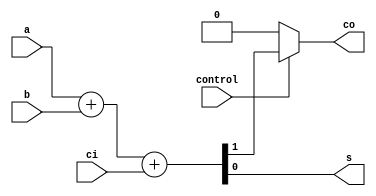
// variable bit-width adders
//
// TT

// Modified full adder
// control signal can zero out carry out
// no carry out
module MFA_nco
(
    input   a,
    input   b,
    input   ci,
    input   control,
    output  s,
    output  co
);

    wire    orig_carry;

    assign {orig_carry, s} = a + b + ci;
    assign co = (control == 1'b1) ? orig_carry : 1'b0;

endmodule

// Modified full adder
// control signal can zore out carry in
// no carry in
module MFA_nci
(
    input   a,
    input   b,
    input   ci,
    input   control,
    output  s,
    output  co
);

    assign w1 = a & b;
    assign w2 = a | b;
    assign w3 = ~w1;
    assign w4 = w3 & w2;
    assign w5 = w4 & control;
    assign w6 = w5 & ci;
    assign w7 = w5 | ci;
    assign w8 = ~w6;
    assign w9 = w8 & w7;
    assign s = control ? w9 : w4;
    assign co = w6 | w1;

endmodule

// ordinary adder
// with parameterized width
module adder
#(
    parameter WIDTH = 7
)
(
    input   [WIDTH-1:0]     a,
    input   [WIDTH-1:0]     b,
    input                   ci,
    output  [WIDTH-1:0]     s,
    output                  co
);

    assign {co, s} = a + b + ci;

endmodule

// parameterized adder
// leading FA (MSB) is a MFA_nco
// rest adders are ordinary adders
module adder_nco
#(
    parameter WIDTH = 8
)
(
    input   [WIDTH-1:0]     a,
    input   [WIDTH-1:0]     b,
    input                   ci,
    input                   control,
    output  [WIDTH-1:0]     s,
    output                  co
);

    wire    internal_carry;

    adder #(WIDTH-1) adder_inst
    (
        a[WIDTH-2:0],
        b[WIDTH-2:0],
        ci,
        s[WIDTH-2:0],
        internal_carry
    );

    MFA_nco mfa_inst
    (
        a[WIDTH-1],
        b[WIDTH-1],
        internal_carry,
        control,
        s[WIDTH-1],
        co
    );

endmodule

// parameterized adder
// tailing FA (LSB) is a MFA_nci
// rest adders are ordinary adders
module adder_nci
#(
    parameter WIDTH = 8
)
(
    input   [WIDTH-1:0]     a,
    input   [WIDTH-1:0]     b,
    input                   ci,
    input                   control,
    output  [WIDTH-1:0]     s,
    output                  co
);

    wire internal_carry;

    MFA_nci mfa_inst
    (
        a[0],
        b[0],
        ci,
        control,
        s[0],
        internal_carry
    );

    adder #(WIDTH-1) adder_inst
    (
        a[WIDTH-1:1],
        b[WIDTH-1:1],
        internal_carry,
        s[WIDTH-1:1],
        co
    );

endmodule

// vbw adder written in pure behavior code
// used as the reference for functional verification
module vbw_adder_bhv
(
    input   [63:0]      a,
    input   [63:0]      b,
    input               ci,
    input   [1:0]       control,
    output  reg     [63:0]      s,
    output  reg                 co
);

    always @(*) begin
        case (control)
            2'b00: {co, s} = a + b + ci;
            2'b01: begin
                s[63:32] = a[63:32] + b[63:32];
                s[31:0] = a[31:0] + b[31:0];
                co = 1'b0;
            end
            2'b10: begin
                s[63:48] = a[63:48] + b[63:48];
                s[47:32] = a[47:32] + b[47:32];
                s[31:16] = a[31:16] + b[31:16];
                s[15:0] = a[15:0] + b[15:0];
                co = 1'b0;
            end
            2'b11: begin
                s[63:56] = a[63:56] + b[63:56];
                s[55:48] = a[55:48] + b[55:48];
                s[47:40] = a[47:40] + b[47:40];
                s[39:32] = a[39:32] + b[39:32];
                s[31:24] = a[31:24] + b[31:24];
                s[23:16] = a[23:16] + b[23:16];
                s[15:8] = a[15:8] + b[15:8];
                s[7:0] = a[7:0] + b[7:0];
                co = 1'b0;
            end
        endcase
    end

endmodule

// Baseline design
// uses adders in different bit widths and muxes
module vbw_rca_bsln
(
    input   [63:0]      a,
    input   [63:0]      b,
    input               ci,
    input   [1:0]       control,
    output  reg     [63:0]      s,
    output              co
);

    wire    [63:0]      s64, s32, s16, s8;
    wire                controlled_ci;
    wire                controlled_co;

    assign controlled_ci = (control==2'b00)?ci:1'b0;
    assign co = (control==2'b00)?controlled_co:1'b0;

    // 1x 64bit
    adder #(64) add64_0(a, b, controlled_ci, s64, controlled_co);

    // 2x 32bit
    adder #(32) add32_1(a[63:32], b[63:32], 1'b0, s32[63:32], );

    // 4x 16bit
    adder #(16) add16_3(a[63:48], b[63:48], 1'b0, s16[63:48], );
    adder #(16) add16_2(a[47:32], b[47:32], 1'b0, s16[47:32], );
    adder #(16) add16_1(a[31:16], b[31:16], 1'b0, s16[31:16], );

    // 8x 8bit
    adder #(8) add8_7(a[63:56], b[63:56], 1'b0, s8[63:56], );
    adder #(8) add8_6(a[55:48], b[55:48], 1'b0, s8[55:48], );
    adder #(8) add8_5(a[47:40], b[47:40], 1'b0, s8[47:40], );
    adder #(8) add8_4(a[39:32], b[39:32], 1'b0, s8[39:32], );
    adder #(8) add8_3(a[31:24], b[31:24], 1'b0, s8[31:24], );
    adder #(8) add8_2(a[23:16], b[23:16], 1'b0, s8[23:16], );
    adder #(8) add8_1(a[15:8], b[15:8], 1'b0, s8[15:8], );

    always @(*) begin
        case (control)
            2'b00: s = s64;
            2'b01: s = {s32[63:32], s64[31:0]};
            2'b10: s = {s16[63:16], s64[15:0]};
            2'b11: s = {s8[63:8], s64[7:0]};
        endcase
    end

endmodule

// Baseline design (variant)
// uses adders in different bit widths and muxes
module vbw_rca_bsln2
(
    input   [63:0]      a,
    input   [63:0]      b,
    input               ci,
    input   [1:0]       control,
    output  reg     [63:0]      s,
    output              co
);

    wire    [63:0]      s64, s32, s16, s8;
    wire                controlled_ci;
    wire                controlled_co;

    assign controlled_ci = (control==2'b00)?ci:1'b0;
    assign co = (control==2'b00)?controlled_co:1'b0;

    // 1x 64bit
    adder #(64) add64_0(a, b, controlled_ci, s64, controlled_co);

    // 2x 32bit
    adder #(32) add32_1(a[63:32], b[63:32], 1'b0, s32[63:32], );

    // 4x 16bit
    adder #(16) add16_3(a[63:48], b[63:48], 1'b0, s16[63:48], );
    adder #(16) add16_2(a[31:16], b[31:16], 1'b0, s16[31:16], );

    // 8x 8bit
    adder #(8) add8_7(a[63:56], b[63:56], 1'b0, s8[63:56], );
    adder #(8) add8_6(a[47:40], b[47:40], 1'b0, s8[47:40], );
    adder #(8) add8_5(a[31:24], b[31:24], 1'b0, s8[31:24], );
    adder #(8) add8_4(a[15:8], b[15:8], 1'b0, s8[15:8], );

    always @(*) begin
        case (control)
            2'b00: s = s64;
            2'b01: s = {s32[63:32], s64[31:0]};
            2'b10: s = {s16[63:48], s32[47:32], s16[31:16], s64[15:0]};
            2'b11: s = {s8[63:56], s16[55:48], s8[47:40], s32[39:32], s8[31:24], s16[23:16], s8[15:8], s64[7:0]};
        endcase
    end

endmodule

// vbw adder built with "no carry out" adders
module vbw_adder_nco
(
    input   [63:0]      a,
    input   [63:0]      b,
    input               ci,
    input   [1:0]       control,
    output  [63:0]      s,
    output              co
);

    wire    [8:0]   internal_carry;
    reg     [7:0]   internal_control;

    always @(*) begin
        case (control)
            2'b00: internal_control = 8'b1111_1111;
            2'b01: internal_control = 8'b1111_0111;
            2'b10: internal_control = 8'b0101_0101;
            2'b11: internal_control = 8'b0000_0000;
        endcase
    end

    genvar i;
    generate
        for (i = 0; i < 8; i = i + 1) begin
            adder_nco #(8) adder_inst
            (
                a[i*8+7:i*8],
                b[i*8+7:i*8],
                internal_carry[i],
                internal_control[i],
                s[i*8+7:i*8],
                internal_carry[i+1]
            );
        end
    endgenerate

    assign internal_carry[0] = (control == 2'b00)? ci : 1'b0;
    assign co = (control == 2'b00)? internal_carry[8] : 1'b0;

endmodule

// vbw adder built with "no carry in" adders
module vbw_adder_nci
(
    input   [63:0]      a,
    input   [63:0]      b,
    input               ci,
    input   [1:0]       control,
    output  [63:0]      s,
    output              co
);

    wire    [8:0]   internal_carry;
    reg     [7:0]   internal_control;

    always @(*) begin
        case (control)
            2'b00: internal_control = 8'b1111_1111;
            2'b01: internal_control = 8'b1110_1111;
            2'b10: internal_control = 8'b1010_1010;
            2'b11: internal_control = 8'b0000_0000;
        endcase
    end

    genvar i;
    generate
        for (i = 0; i < 8; i = i + 1) begin
            adder_nci #(8) adder_inst
            (
                a[i*8+7:i*8],
                b[i*8+7:i*8],
                internal_carry[i],
                internal_control[i],
                s[i*8+7:i*8],
                internal_carry[i+1]
            );
        end
    endgenerate

    assign internal_carry[0] = (control == 2'b00)? ci : 1'b0;
    assign co = (control == 2'b00)? internal_carry[8] : 1'b0;

endmodule